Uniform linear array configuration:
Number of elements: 32
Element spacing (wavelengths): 0.25
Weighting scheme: exponential
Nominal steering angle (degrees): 60
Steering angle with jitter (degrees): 59.01
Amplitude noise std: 0.05
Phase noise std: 0.05

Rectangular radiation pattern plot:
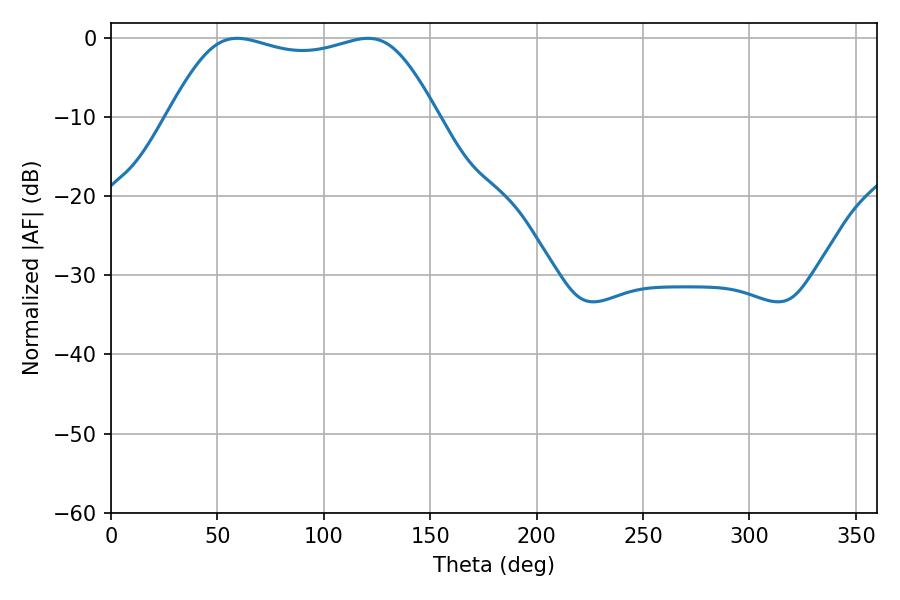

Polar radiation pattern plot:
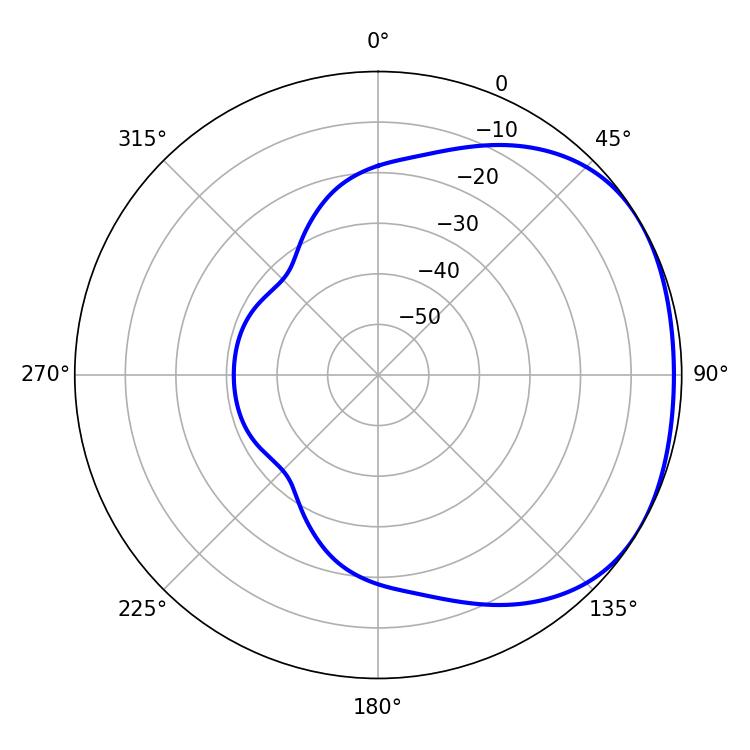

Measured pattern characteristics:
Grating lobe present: FALSE
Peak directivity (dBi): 1.745
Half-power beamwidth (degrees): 97.56
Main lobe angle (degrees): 59.22